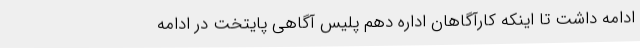
ادامه داشت تا اینکه کارآگاهان اداره دهم پلیس آگاهی پایتخت در ادامه